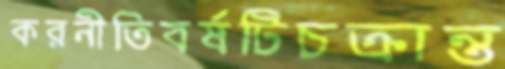
করনীতিবর্ষটিচক্রান্ত